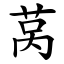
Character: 莴